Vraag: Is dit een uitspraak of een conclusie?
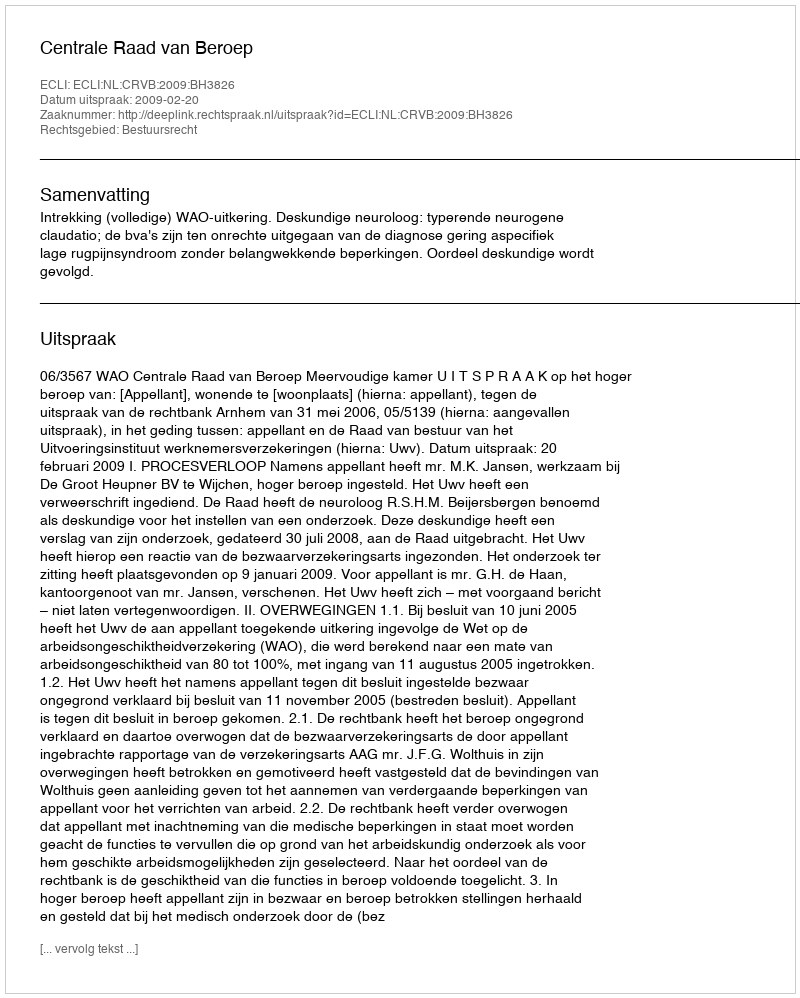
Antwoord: Uitspraak